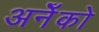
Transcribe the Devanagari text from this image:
अनेँको